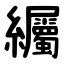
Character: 䌵